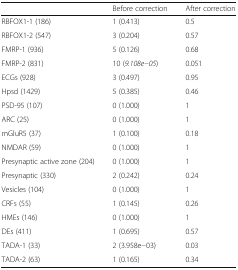
<table><thead><tr><td></td><td><b>Before correction</b></td><td><b>After correction</b></td></tr></thead><tbody><tr><td>RBFOX1-1 (186)</td><td>1 (0.413)</td><td>0.5</td></tr><tr><td>RBFOX1-2 (547)</td><td>3 (0.204)</td><td>0.57</td></tr><tr><td>FMRP-1 (936)</td><td>5 (0.126)</td><td>0.68</td></tr><tr><td>FMRP-2 (831)</td><td>10 (<i>9.108e−05</i>)</td><td>0.051</td></tr><tr><td>ECGs (928)</td><td>3 (0.497)</td><td>0.95</td></tr><tr><td>Hpsd (1429)</td><td>5 (0.385)</td><td>0.46</td></tr><tr><td>PSD-95 (107)</td><td>0 (1.000)</td><td>1</td></tr><tr><td>ARC (25)</td><td>0 (1.000)</td><td>1</td></tr><tr><td>mGluR5 (37)</td><td>1 (0.100)</td><td>0.18</td></tr><tr><td>NMDAR (59)</td><td>0 (1.000)</td><td>1</td></tr><tr><td>Presynaptic active zone (204)</td><td>0 (1.000)</td><td>1</td></tr><tr><td>Presynaptic (330)</td><td>2 (0.242)</td><td>0.24</td></tr><tr><td>Vesicles (104)</td><td>0 (1.000)</td><td>1</td></tr><tr><td>CRFs (55)</td><td>1 (0.145)</td><td>0.26</td></tr><tr><td>HMEs (146)</td><td>0 (1.000)</td><td>1</td></tr><tr><td>DEs (411)</td><td>1 (0.695)</td><td>0.57</td></tr><tr><td>TADA-1 (33)</td><td>2 (3.958e<i>−</i>03)</td><td>0.03</td></tr><tr><td>TADA-2 (63)</td><td>1 (0.165)</td><td>0.34</td></tr></tbody></table>